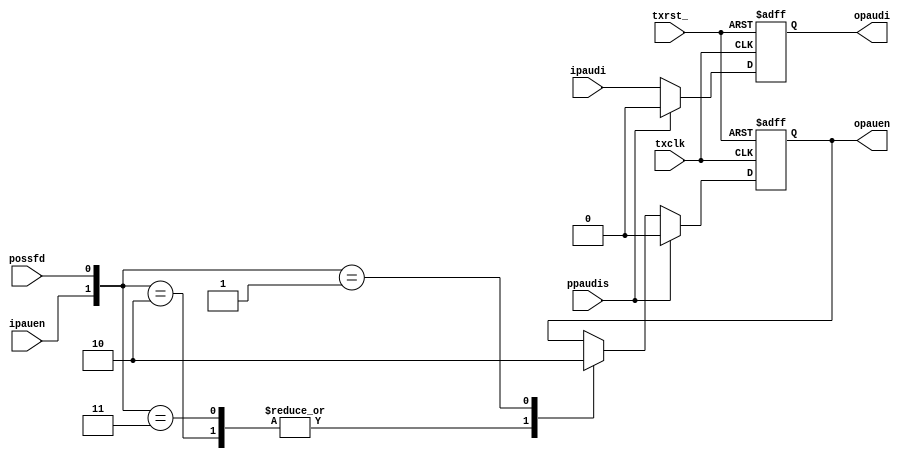
// Description  : .
////////////////////////////////////////////////////////////////////////////////

module ipsmacge_paupro
    (
     txrst_,
     txclk,
     ipauen,
     ipaudi,
     
     possfd,
     //
     opauen,
     opaudi,
     //
     ppaudis
     );

////////////////////////////////////////////////////////////////////////////////
// Parameter declarations

////////////////////////////////////////////////////////////////////////////////
// port declarations
input       txrst_;
input       txclk;

input       ipauen;
input       ipaudi;

input       possfd;

output      opauen;
output      opaudi;

input       ppaudis;
////////////////////////////////////////////////////////////////////////////////
// Local logic and instantiation

// Pause Gen
reg         opauen;
always @(posedge txclk or negedge txrst_)
    begin
    if (!txrst_)        opauen <= 1'b0;
    else if (ppaudis)   opauen <= 1'b0;
    else
        begin
        case ({ipauen, possfd})
            2'b10:      opauen <= 1'b1;
            2'b11:      opauen <= 1'b1;
            2'b01:      opauen <= 1'b0;
            default:    opauen <= opauen;
        endcase
        end
    end

// Pause Dis
reg         opaudi; 
always @(posedge txclk or negedge txrst_) 
    begin
    if (!txrst_)        opaudi <= 1'b0;
    else if (ppaudis)   opaudi <= 1'b0;
    else                opaudi <= ipaudi;
    end

endmodule